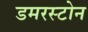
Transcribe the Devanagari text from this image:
डमरस्टोन